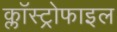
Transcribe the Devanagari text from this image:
क्लॉस्ट्रोफाइल